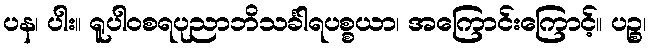
ပန၊ ပါး။ ရူပါဝစရပုညာဘိသင်္ခါရပစ္စယာ၊ အကြောင်းကြောင့်။ ပဉ္စ၊